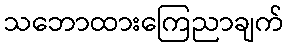
သဘောထားကြေညာချက်